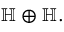
\mathbb { H } \oplus \mathbb { H } .